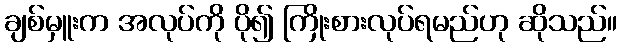
ချစ်မှူးက အလုပ်ကို ပို၍ ကြိုးစားလုပ်ရမည်ဟု ဆိုသည်။